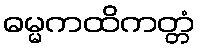
ဓမ္မကထိကတ္တံ